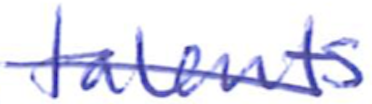
Text: talents
Cross-out: diagonal
Writing tool: ballpoint